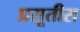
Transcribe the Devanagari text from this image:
प्रसूतीस